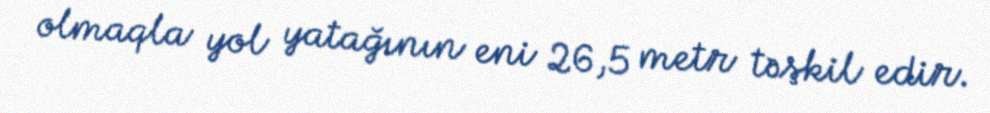
olmaqla yol yatağının eni 26,5 metr təşkil edir.